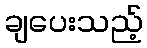
ချပေးသည့်